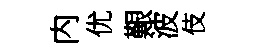
内优艱波伎